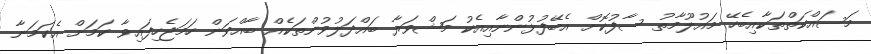
މަސައްކަތްތަކާއިބެހޭ މައުލޫމާތު ސާފުކޮށް އެބޭފުޅުންނާއިއެކު މަޝްވަރާ ބައްދަލުވުންތަކެއް ބާއްވަން ހަމަޖެހިފައިވާ ކަމަށް އެކަމަނާ